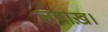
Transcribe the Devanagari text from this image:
लद्दाख़।